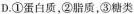
D.①蛋白质，②脂质，③糖类